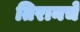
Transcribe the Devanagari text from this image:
तिरानचे